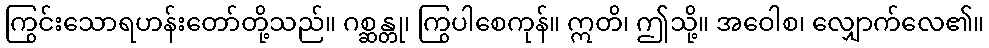
ကြွင်းသောရဟန်းတော်တို့သည်။ ဂစ္ဆန္တု၊ ကြွပါစေကုန်။ ဣတိ၊ ဤသို့။ အဝေါစ၊ လျှောက်လေ၏။